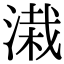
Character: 溨